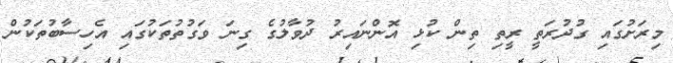
މިރަށުގައި ގުދުރަތީ ރީތި ތިން ކުޅި އޮންނައިރު ދުވާލުގެ ގިނަ ވަގުތުތަކުގައި އެހިސާބުތަކުން